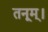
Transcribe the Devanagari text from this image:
तनूम्।